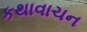
કથાવાચન